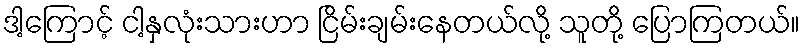
ဒါ့ကြောင့် ငါ့နှလုံးသားဟာ ငြိမ်းချမ်းနေတယ်လို့ သူတို့ ပြောကြတယ်။